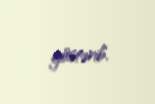
göstərib.